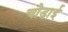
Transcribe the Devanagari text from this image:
चौडा़ई